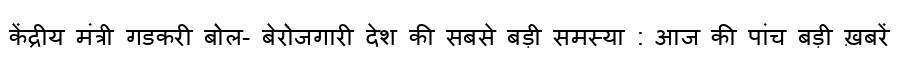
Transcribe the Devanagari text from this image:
केंद्रीय मंत्री गडकरी बोल- बेरोजगारी देश की सबसे बड़ी समस्या : आज की पांच बड़ी ख़बरें